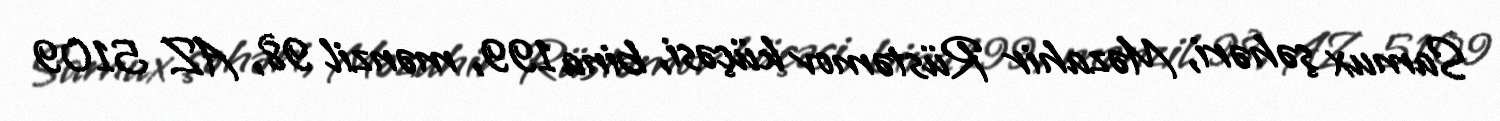
Samux şəhəri, Məzahir Rüstəmov küçəsi, bina 199, mənzil 98, AZ 5109